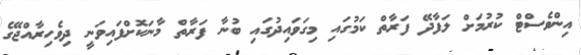
އިންވެސްޓް ކުރުމަށް ލަފާދޭ ފަރާތް ކަމުގައި މިގަވައިދުގައި ބުނާ ފަރާތް މާނަކޮށްފައިވަނީ ދިވެހިރާއްޖޭގެ